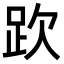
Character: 𧿞